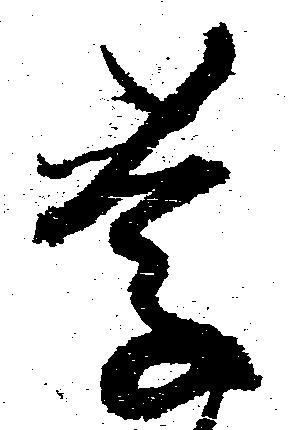
慶